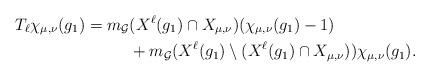
LaTeX: \begin{align*}T_\ell\chi_{\mu,\nu}(g_1)=m_\mathcal{G}&(X^\ell(g_1)\cap X_{\mu,\nu})(\chi_{\mu,\nu}(g_1)-1)\\&+m_\mathcal{G}(X^\ell(g_1)\setminus (X^\ell(g_1)\cap X_{\mu,\nu}))\chi_{\mu,\nu}(g_1).\end{align*}